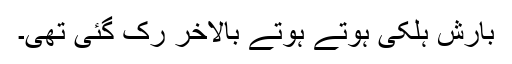
بارش ہلکی ہوتے ہوتے بالآخر رک گئی تھی۔